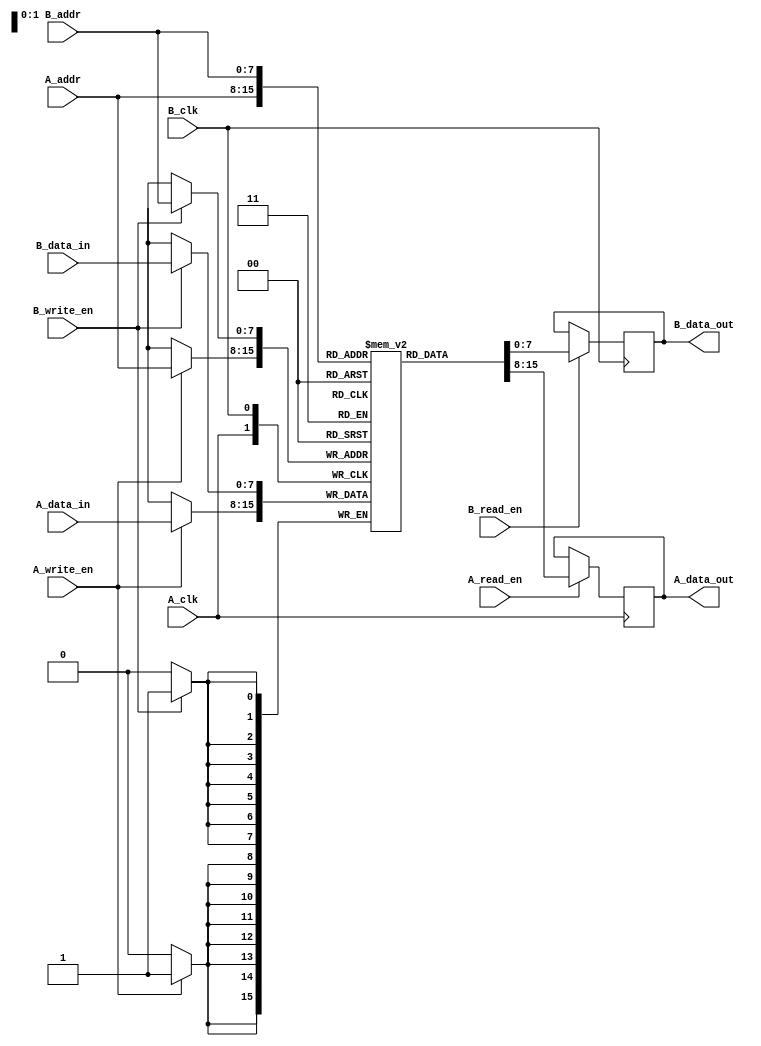
module dual_port_ram #(
    parameter DATA_WIDTH = 8,      // Data width
    parameter ADDR_WIDTH = 8,      // Address width (256 words)
    parameter DEPTH = 1 << ADDR_WIDTH // Memory depth
)(
    // Port A
    input wire [ADDR_WIDTH-1:0] A_addr,
    input wire [DATA_WIDTH-1:0] A_data_in,
    output reg [DATA_WIDTH-1:0] A_data_out,
    input wire A_read_en,
    input wire A_write_en,
    input wire A_clk,

    // Port B
    input wire [ADDR_WIDTH-1:0] B_addr,
    input wire [DATA_WIDTH-1:0] B_data_in,
    output reg [DATA_WIDTH-1:0] B_data_out,
    input wire B_read_en,
    input wire B_write_en,
    input wire B_clk
);

    // Memory array
    reg [DATA_WIDTH-1:0] mem [0:DEPTH-1];

    // Port A operations
    always @(posedge A_clk) begin
        if (A_write_en) begin
            mem[A_addr] <= A_data_in; // Write data to memory
        end
        if (A_read_en) begin
            A_data_out <= mem[A_addr]; // Read data from memory
        end
    end

    // Port B operations
    always @(posedge B_clk) begin
        if (B_write_en) begin
            mem[B_addr] <= B_data_in; // Write data to memory
        end
        if (B_read_en) begin
            B_data_out <= mem[B_addr]; // Read data from memory
        end
    end

endmodule